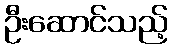
ဦးဆောင်သည့်